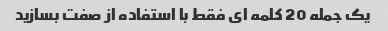
یک جمله 20 کلمه ای فقط با استفاده از صفت بسازید